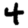
Digit: 4